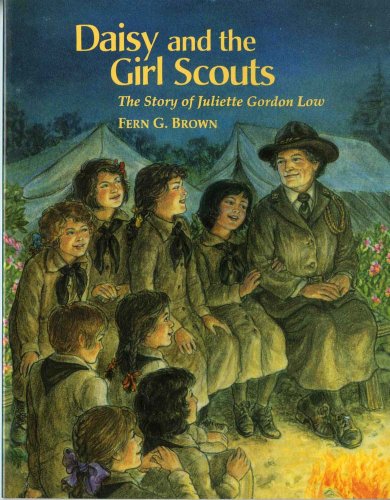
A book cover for Daisy and the Girl Scouts: The Story of Juliette Gordon Low; Fern Brown; Children's Books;